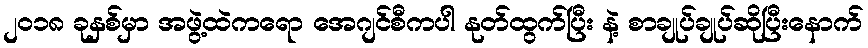
၂၀၁၈ ခုနှစ်မှာ အဖွဲ့ထဲကရော အေဂျင်စီကပါ နုတ်ထွက်ပြီး နဲ့ စာချုပ်ချုပ်ဆိုပြီးနောက်